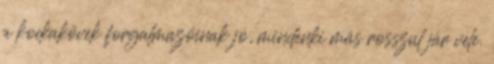
a kockakövek forgalmazóinak jó, mindenki más rosszul jár vele.